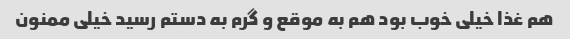
هم غذا خیلی خوب بود هم به موقع و گرم به دستم رسید خیلی ممنون